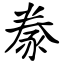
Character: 豢